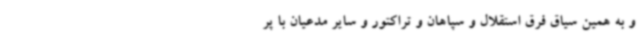
و به همین سیاق فرق استقلال و سپاهان و تراکتور و سایر مدعیان با پر